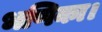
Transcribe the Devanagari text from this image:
भणिका।